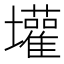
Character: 壦